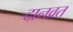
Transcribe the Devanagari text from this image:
दानव्रत